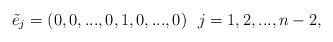
LaTeX: \begin{align*}\tilde{e}_j=(0,0,...,0,1,0,...,0) \ \ j=1,2,...,n-2,\end{align*}